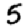
Digit: 5